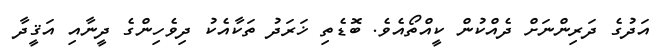
އަދުގެ ދަރިންނަށް ދެއްކުން ކީއްތޯއެވެ. ބޮޑެތި ޚަރަދު ތަކާއެކު ދިވެހިންގެ ދީނާއި އަޤީދާ